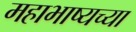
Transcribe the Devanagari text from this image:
महाभाष्यच्या